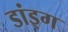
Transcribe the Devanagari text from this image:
डांइग